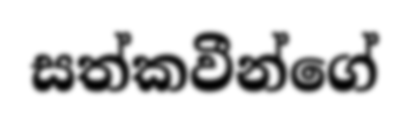
සත්කවීන්ගේ